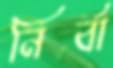
নির্বা